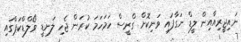
ނައިޖީރިއާއިން ލީޑް ނަގާފައި ވަނިކޮށް ގްރީސް ހަމަހަމަ ކުރަން ޖެހި ލަނޑީ ވޯލްޑްކަޕްގައި